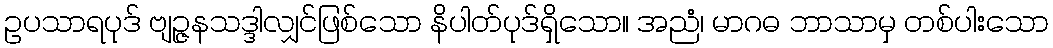
ဥပသာရပုဒ် ဗျဉ္ဇနသဒ္ဒါလျှင်ဖြစ်သော နိပါတ်ပုဒ်ရှိသော။ အညံ၊ မာဂဓ ဘာသာမှ တစ်ပါးသော